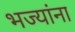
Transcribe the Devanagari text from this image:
भज्यांना